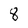
Character: 8